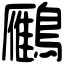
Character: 𪆒